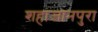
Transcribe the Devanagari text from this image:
शहाजानपुरा